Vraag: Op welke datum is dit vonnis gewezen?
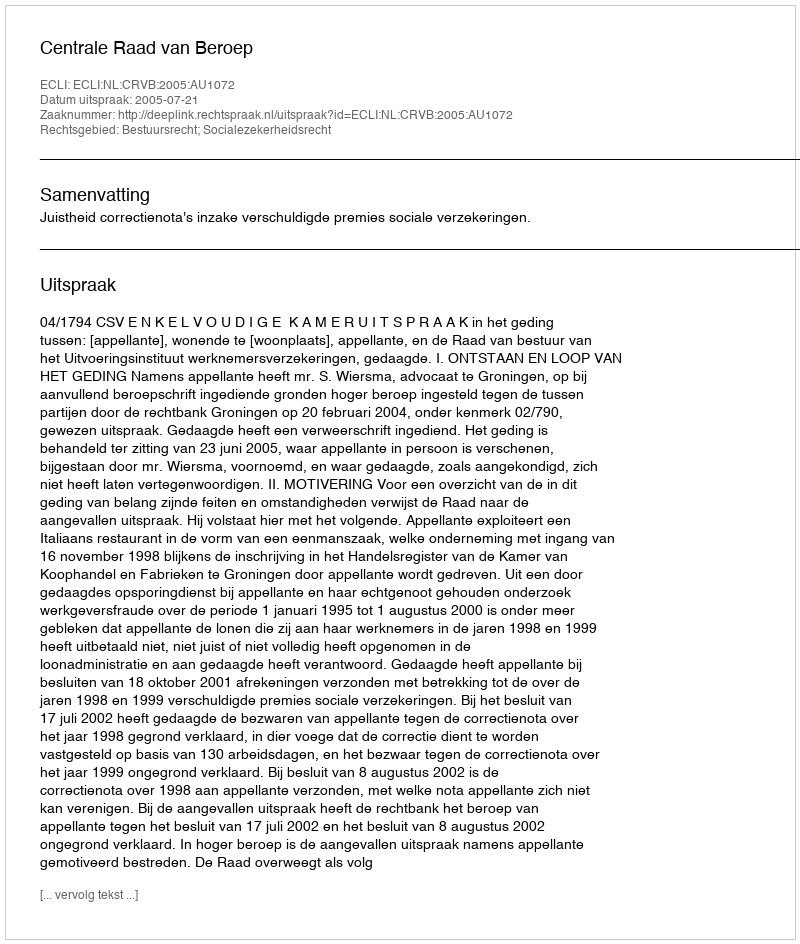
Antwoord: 2005-07-21